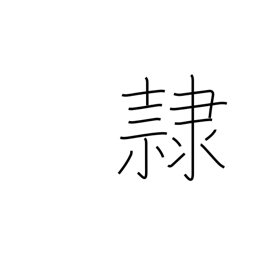
Meaning: slave